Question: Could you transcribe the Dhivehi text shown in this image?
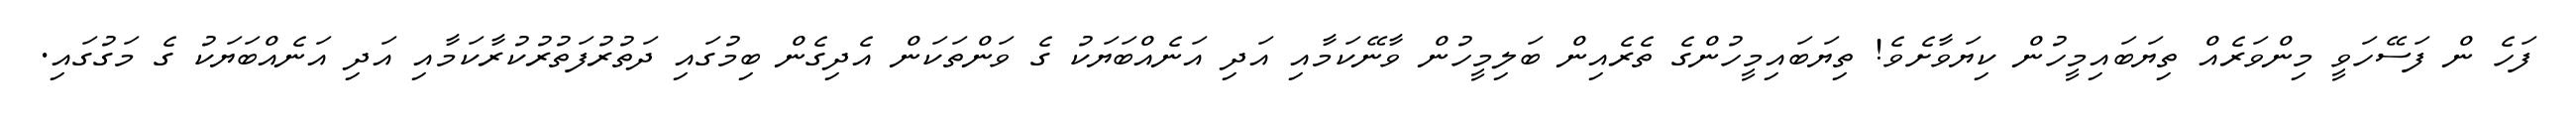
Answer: ފަހެ ން ފަސޭހަވީ މިންވަރެއް ތިޔަބައިމީހުން ކިޔަވާށެވެ! ތިޔަބައިމީހުންގެ ތެރެއިން ބަލިމީހުން ވާނޭކަމާއި އަދި އަނެއްބަޔަކު ގެ ވަންތަކަން އެދިގެން ބިމުގައި ދަތުރުފަތުރުކުރާކަމާއި އަދި އަނެއްބަޔަކު ގެ މަގުގައި.